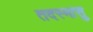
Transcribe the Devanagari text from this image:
तदस्मासु